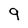
Character: 9